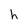
Character: h